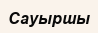
Сауыршы